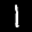
Label: 1